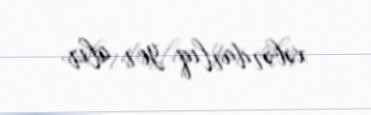
xəbərdarlıq yer alır.